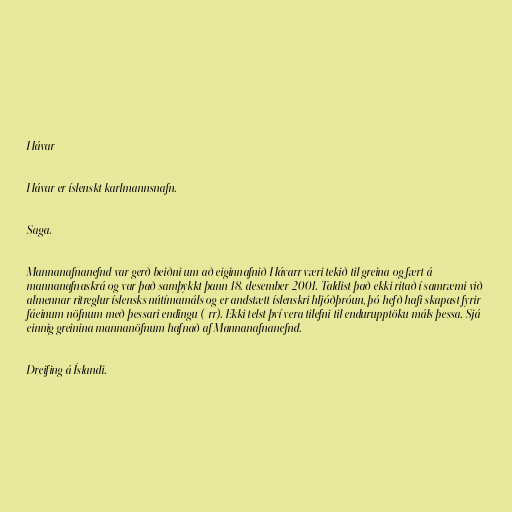
Hávar

Hávar er íslenskt karlmannsnafn.

Saga.

Mannanafnanefnd var gerð beiðni um að eiginnafnið Hávarr væri tekið til greina og fært á
mannanafnaskrá og var það samþykkt þann 18. desember 2001. Taldist það ekki ritað í samræmi við
almennar ritreglur íslensks nútímamáls og er andstætt íslenskri hljóðþróun, þó hefð hafi skapast fyrir
fáeinum nöfnum með þessari endingu (-rr). Ekki telst því vera tilefni til endurupptöku máls þessa. Sjá
einnig greinina mannanöfnum hafnað af Mannanafnanefnd.

Dreifing á Íslandi.